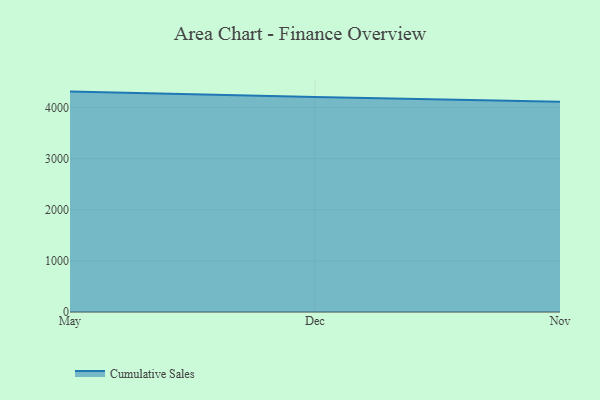
{"axis": {"x": "Month", "y": "Tickets Resolved"}, "legend": ["Cumulative Sales"], "data": [{"x": "May", "y": 4310.0, "type": "Cumulative Sales"}, {"x": "Dec", "y": 4203.5, "type": "Cumulative Sales"}, {"x": "Nov", "y": 4112.7, "type": "Cumulative Sales"}]}